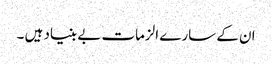
ان کے سارے الزمات بے بنیاد ہیں ۔